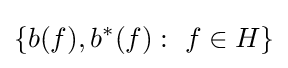
\{b(f),b^{*}(f):~f\in H\}